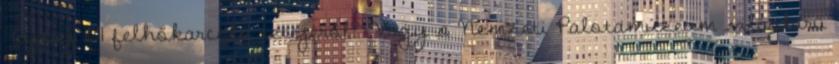
Tajpej 101 felhőkarcoló tetejéről? Vagy a Nemzeti Palotamúzeum világhírű